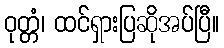
ဝုတ္တံ၊ ထင်ရှားပြဆိုအပ်ပြီ။